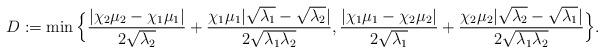
LaTeX: \begin{align*}D:=\min\Big\{\frac{|\chi_2\mu_2-\chi_1\mu_1|}{2\sqrt{\lambda_2}}+\frac{\chi_1\mu_1|\sqrt{\lambda_1}-\sqrt{\lambda_2}|}{2\sqrt{\lambda_1\lambda_2}}, \frac{|\chi_1\mu_1-\chi_2\mu_2|}{2\sqrt{\lambda_1}}+\frac{\chi_2\mu_2|\sqrt{\lambda_2}-\sqrt{\lambda_1}|}{2\sqrt{\lambda_1\lambda_2}}\Big\}.\end{align*}